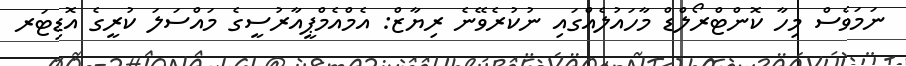
ނަމަވެސް މިހާ ކޮންޓްރޯލްޑް މާހައުލެއްގައި ނުކުރެވޭނެ ރިޔާޒް: އެމްއެމްޕީއާރުސީގެ މައްސަލަ ކުރީގެ އޮޑިޓަރ